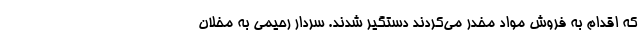
که اقدام به فروش مواد مخدر می‌کردند دستگیر شدند. سردار رحیمی به مخلان